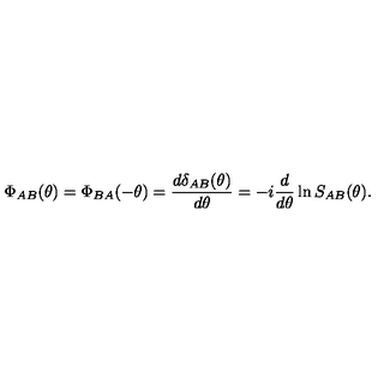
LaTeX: \Phi _ { A B } ( \theta ) = \Phi _ { B A } ( - \theta ) = \frac { d \delta _ { A B } ( \theta ) } { d \theta } = - i \frac { d } { d \theta } \ln S _ { A B } ( \theta ) .